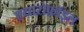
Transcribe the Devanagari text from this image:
एयारोफ़ॉइल